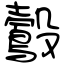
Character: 鷇